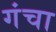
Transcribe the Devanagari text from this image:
गंचा